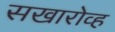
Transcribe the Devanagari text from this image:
सखारोव्ह